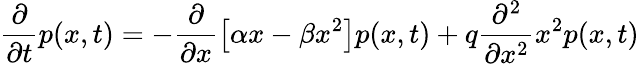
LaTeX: \frac{\partial}{\partial t}p(x,t)=-\frac{\partial}{\partial x}\left[\alpha x-\beta x^{2}\right]p(x,t)+q\frac{\partial^{2}}{\partial x^{2}}x^{2}p(x,t)